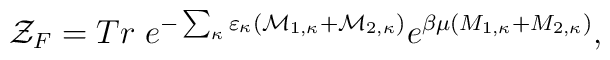
{\cal Z}_F= Tr\; e^{-\sum_\kappa \varepsilon_\kappa({\cal M}_{1,\kappa}+{\cal M}_{2,\kappa})}e^{\beta\mu(M_{1,\kappa}+M_{2,\kappa})},